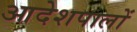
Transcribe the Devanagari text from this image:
आदेशपालों